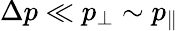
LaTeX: \Delta p\ll p_{\perp}\sim p_{\| }